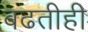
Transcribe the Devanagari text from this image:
बढतीही